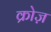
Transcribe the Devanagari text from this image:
क्रोज़